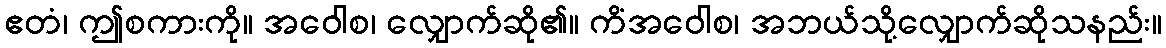
ဧတံ၊ ဤစကားကို။ အဝေါစ၊ လျှောက်ဆို၏။ ကိံအဝေါစ၊ အဘယ်သို့လျှောက်ဆိုသနည်း။